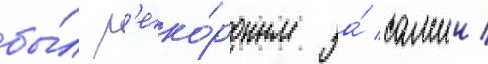
бы́л р'еко́рдным за́ самыи